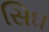
સિઘ